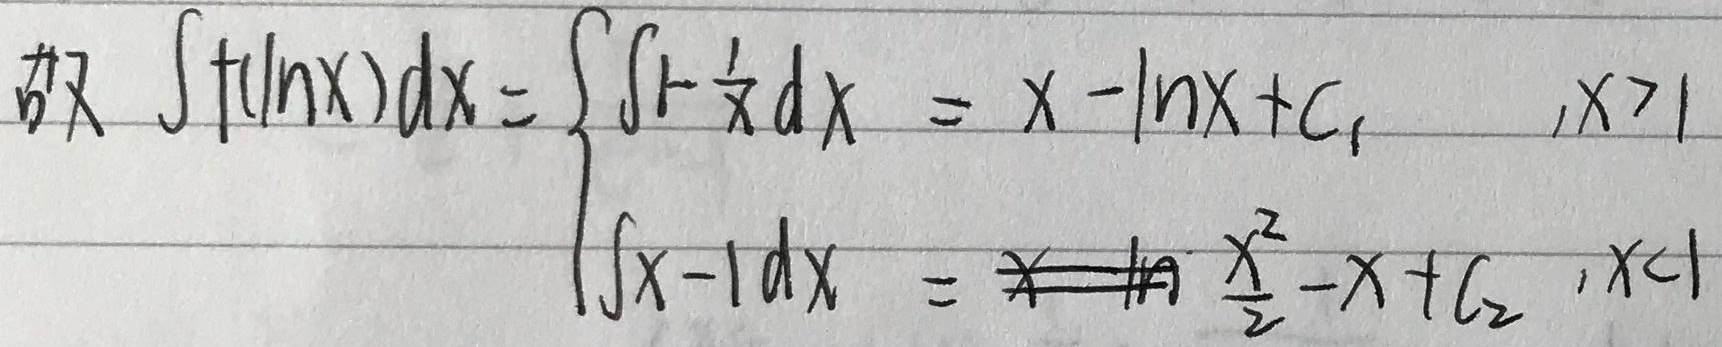
\(
\begin{align*}
\text{故} \int f(\ln x)dx =
\begin{cases}
\int(1 - \frac{1}{x})dx=x-\ln x + C_{1},&x>1\\
\int(x - 1)dx=\rlap{ \ \ \ /} \ \ \ \frac{x^{2}}{2}-x + C_{2},&x<1
\end{cases}
\end{align*}
\)